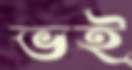
ভই